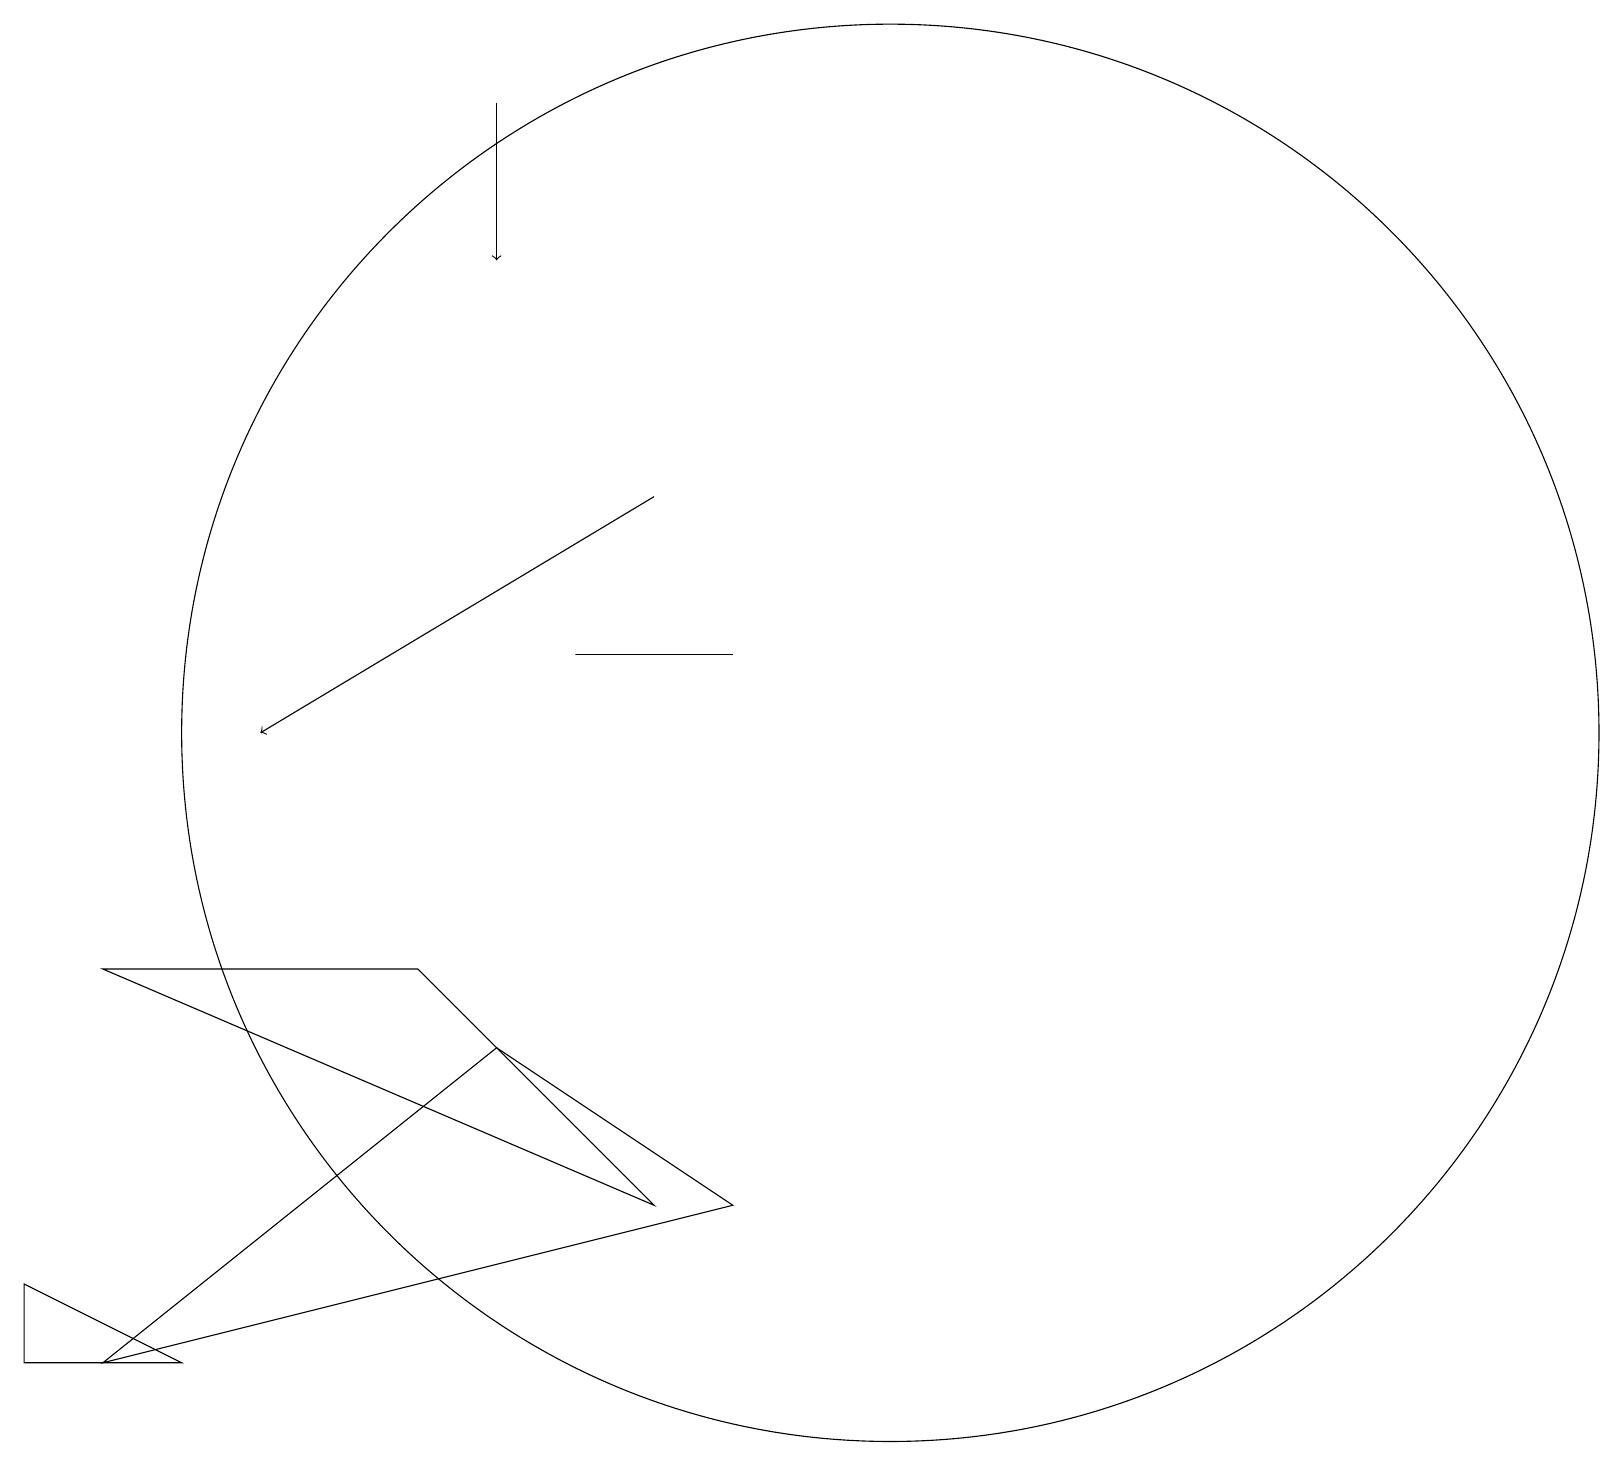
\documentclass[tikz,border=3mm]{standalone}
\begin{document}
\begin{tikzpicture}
\draw (0,3) -- (2,2) -- (0,2) -- cycle;
\draw[->] (8,13) -- (3,10);
\draw (11,10) circle (9);
\draw (1,7) -- (8,4) -- (5,7) -- cycle;
\draw[->] (6,18) -- (6,16);
\draw (6,6) -- (9,4) -- (1,2) -- cycle;
\draw (7,11) rectangle (9,11);
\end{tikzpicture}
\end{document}